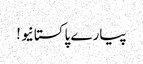
پیارے پاکستانیو !